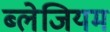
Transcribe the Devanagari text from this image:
ब्लेजियम